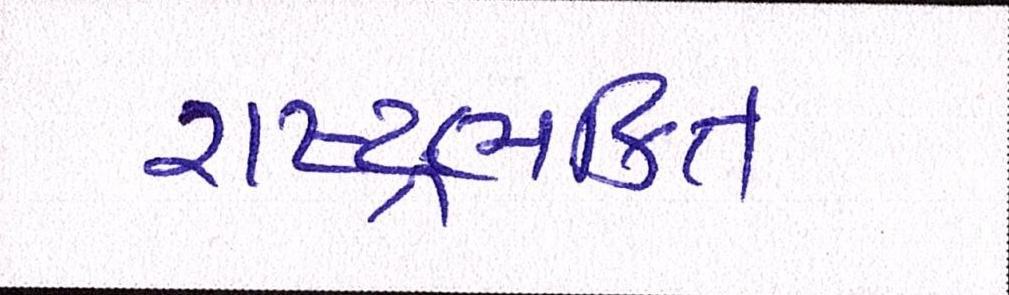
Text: રાષ્ટ્રભક્તિ